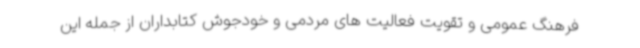
فرهنگ عمومی و تقویت فعالیت های مردمی و خودجوش کتابداران از جمله این